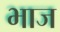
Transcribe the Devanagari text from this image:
भाज